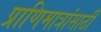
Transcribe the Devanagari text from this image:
प्राणिमात्रांसाठी